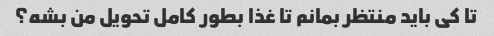
تا کی باید منتظر بمانم تا غذا بطور کامل تحویل من بشه؟